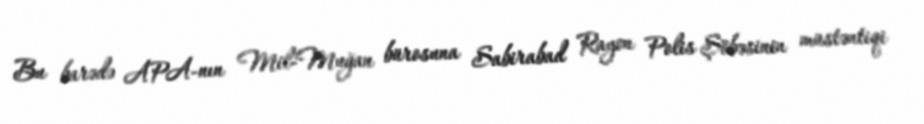
Bu barədə APA-nın Mil-Muğan bürosuna Sabirabad Rayon Polis Şöbəsinin müstəntiqi